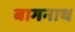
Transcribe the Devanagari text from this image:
बागनाथ